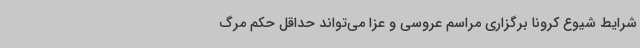
شرایط شیوع کرونا برگزاری مراسم عروسی و عزا می‌تواند حداقل حکم مرگ